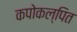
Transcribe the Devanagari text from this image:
कपोकल्पित